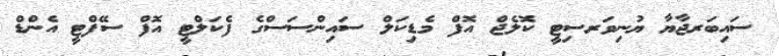
ސައިބަރޖާޔާ ޔުނިވަރސިޓީ ކޮލެޖް އޮފް މެޑިކަލް ސައިންސަސްގެ ފެކަލްޓީ އޮފް ސޭފްޓީ އެންޑް